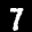
Label: 7